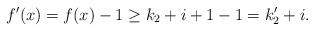
LaTeX: \begin{align*}f'(x)=f(x)-1\ge k_2+i+1-1=k'_2+i.\end{align*}